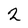
Character: 2